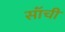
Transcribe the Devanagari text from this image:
सॉंची